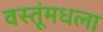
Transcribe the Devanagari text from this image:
वस्तूंमधला